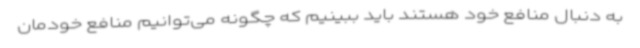
به دنبال منافع خود هستند باید ببینیم که چگونه می‌توانیم منافع خودمان